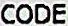
CODE